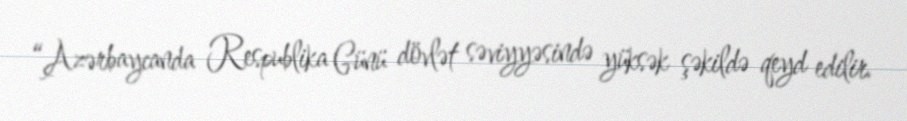
“Azərbaycanda Respublika Günü dövlət səviyyəsində yüksək şəkildə qeyd edilir.